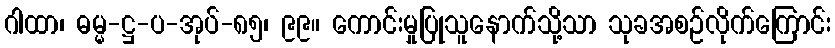
ဂါထာ၊ ဓမ္မ-ဋ္ဌ-ပ-အုပ်-၈၅၊ ၉၉။ ကောင်းမှုပြုသူနောက်သို့သာ သုခအစဉ်လိုက်ကြောင်း